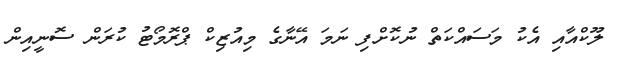
ލޫކްއާއި އެކު މަސައްކަތް ނުކޮށްފި ނަމަ އޭނާގެ މިއުޒިކް ޕްރޮމޯޓު ކުރަން ސޮނީއިން